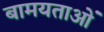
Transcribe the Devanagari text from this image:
बामयताओं